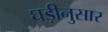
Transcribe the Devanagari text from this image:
घड़ीनुसार